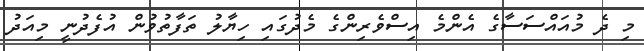
މި ދެ މުއައްސަސާގެ އެންމެ އިސްވެރިންގެ މެދުގައި ހިޔާލު ތަފާތުވުން އުފެދުނީ މިއަދު